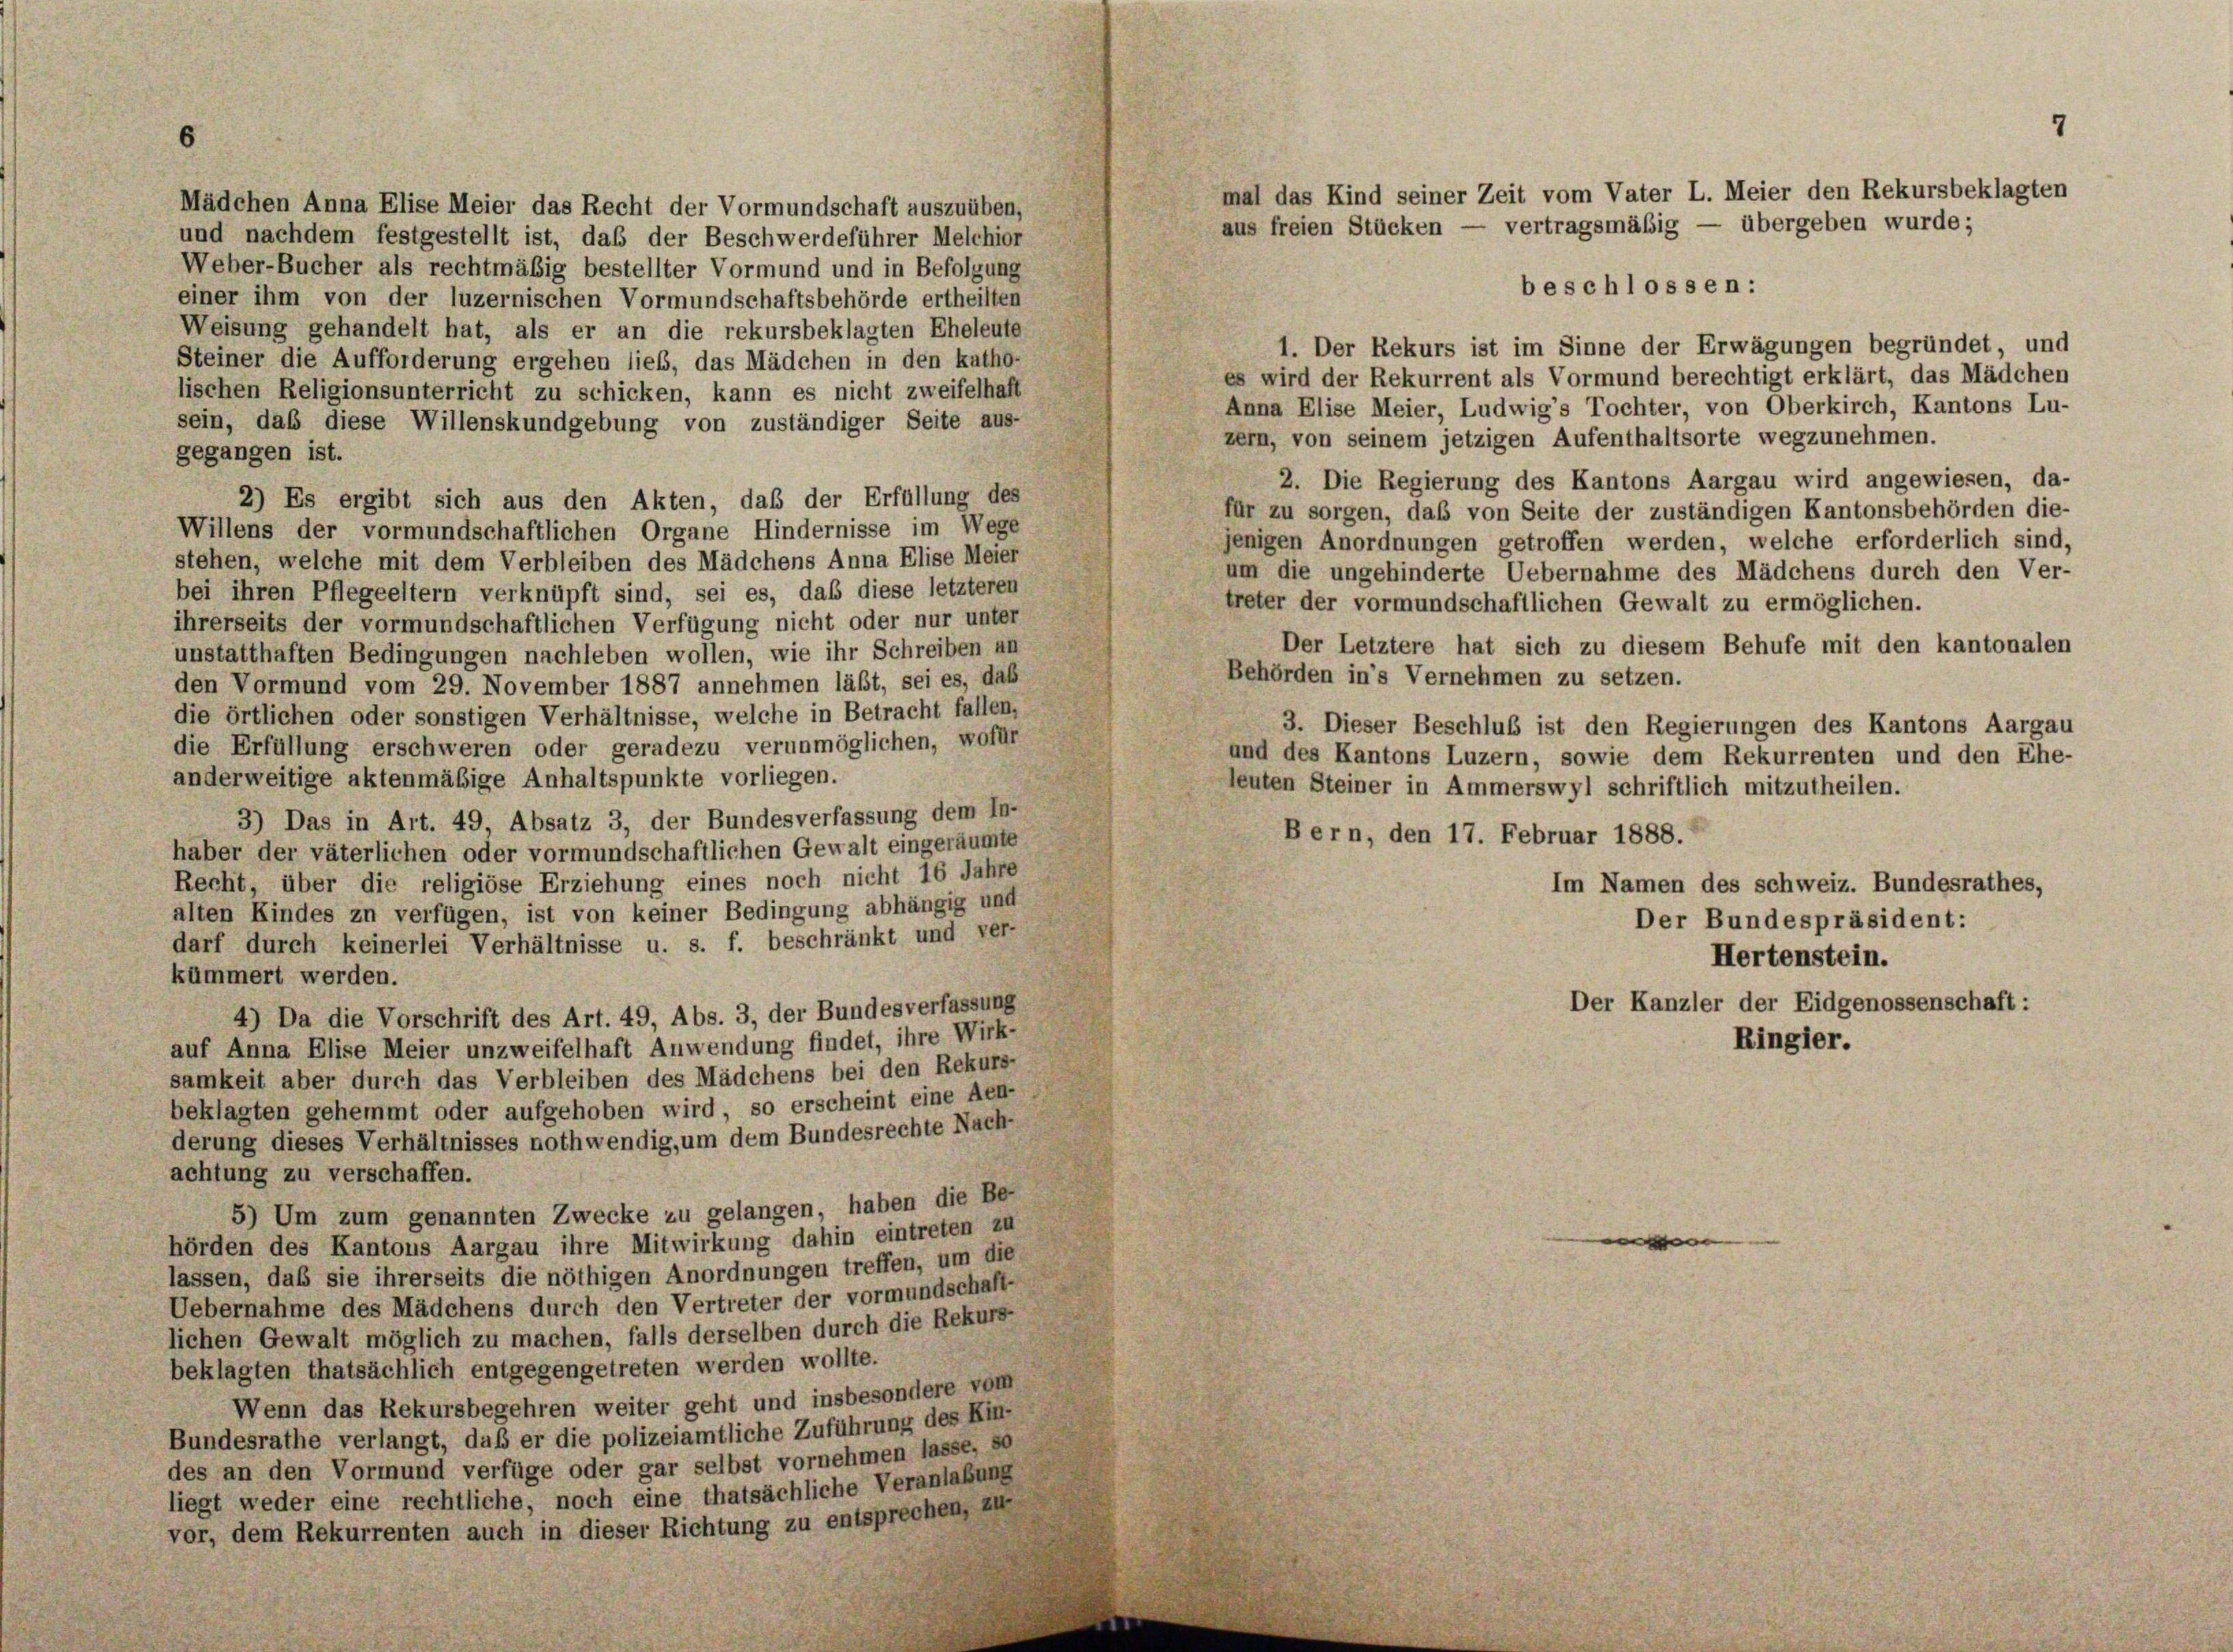
6

Mädchen Anna Elise Meier das Recht der Vormundschaft auszuüben,
und nachdem festgestellt ist, daß der Beschwerdeführer Melchior
Weber-Bucher als rechtmäßig bestellter Vormund und in Befolgung
beschlossen:
einer ihm von der luzernischen Vormundschaftsbehörde ertheilten
Weisung gehandelt hat, als er an die rekursbeklagten Eheleute
1. Der Rekurs ist im Sinne der Erwägungen begründet, und
Steiner die Aufforderung ergehen lieb, das Mädchen in den katho-
es wird der Rekurrent als Vormund berechtigt erklärt, das Mädchen
lischen Religionsunterricht zu schicken, kann es nicht zweifelhaft
Anna Elise Meier, Ludwig’s Tochter, von Oberkirch, Kantons Lu-
sein, daß diese Willenskundgebung von zuständiger Seite aus-
zern, von seinem jetzigen Aufenthaltsorte wegzunehmen.
gegangen ist.
2. Die Regierung des Kantons Aargau wird angewiesen, da-
2) Es ergibt sich aus den Akten, daß der Erfüllung des
für zu sorgen, daß von Seite der zuständigen Kantonsbehörden die-
Willens der vormundschaftlichen Organe Hindernisse im Wege
jenigen Anordnungen getroffen werden, welche erforderlich sind,
stehen, welche mit dem Verbleiben des Mädchens Anna Elise Meier
um die ungehinderte Uebernahme des Mädchens durch den Ver-
bei ihren Pflegeeltern verknüpft sind, sei es, daß diese letzteren
treter der vormundschaftlichen Gewalt zu ermöglichen.
ihrerseits der vormundschaftlichen Verfügung nicht oder nur unter
Der Letztere hat sich zu diesem Behufe mit den kantonalen
unstatthaften Bedingungen nachleben wollen, wie ihr Schreiben an
Behörden in’s Vernehmen zu setzen.
den Vormund vom 29. November 1887 annehmen läßt, sei es, das
die örtlichen oder sonstigen Verhältnisse, welche in Betracht fallen,
3. Dieser Beschluß ist den Regierungen des Kantons Aargau
die Erfüllung erschweren oder geradezu verunmöglichen, wofür
und des Kantons Luzern, sowie dem Rekurrenten und den Ehe-
anderweitige aktenmäßige Anhaltspunkte vorliegen.
leuten Steiner in Ammerswyl schriftlich mitzutheilen.
3) Das in Art. 49, Absatz 3, der Bundesverfassung dem In-
Bern, den 17. Februar 1888.
haber der väterlichen oder vormundschaftlichen Gewalt eingeräumte
Recht, über die religiöse Erziehung eines noch nicht 16 Jahre
Im Namen des schweiz. Bundesrathes,
alten Kindes zu verfügen, ist von keiner Bedingung abhängig und
Der Bundespräsident:
darf durch keinerlei Verhältnisse u. s. f. beschränkt und ver-
Hertenstein.
kümmert werden.
Der Kanzler der Eidgenossenschaft:
4) Da die Vorschrift des Art. 49, Abs. 3, der Bundesverfassung
Ringier.
auf Anna Elise Meier unzweifelhaft Anwendung findet, ihre Wirk-
samkeit aber durch das Verbleiben des Mädchens bei den Rekurs-
beklagten gehemmt oder aufgehoben wird, so erscheint eine Aen-
derung dieses Verhältnisses nothwendig, um dem Bundesrechte Nach-
achtung zu verschaffen.
5) Um zum genannten Zwecke zu gelangen, haben die Be-
e
hörden des Kantons Aargau ihre Mitwirkung dahin eintreten zu
lassen, daß sie ihrerseits die nöthigen Anordnungen treffen, um die
Uebernahme des Mädchens durch den Vertreter der vormundschaft-
lichen Gewalt möglich zu machen, falls derselben durch die Rekurs-
beklagten thatsächlich entgegengetreten werden wollte.
Wenn das Rekursbegehren weiter geht und insbesondere vom
Bundesrathe verlangt, daß er die polizeiamtliche Zuführung des Kin-
des an den Vormund verfüge oder gar selbst vornehmen lasse, so
liegt weder eine rechtliche, noch eine thatsächliche Veranlaßung
vor, dem Rekurrenten auch in dieser Richtung zu entsprechen, zur

7
mal das Kind seiner Zeit vom Vater L. Meier den Rekursbeklagten
aus freien Stücken — vertragsmäßig — übergeben wurde;